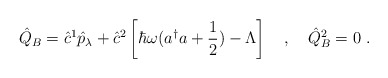
\begin{align*}\hat{Q}_B=\hat{c}^1\hat{p}_\lambda+\hat{c}^2\left[\hbar\omega(a^\dagger a+\frac{1}{2})-\Lambda\right]\ \ \ ,\ \ \ \hat{Q}^2_B=0\ .\end{align*}